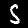
Label: 5